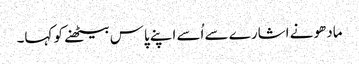
مادھو نے اشارے سے اُسے اپنے پاس بیٹھنے کو کہا۔